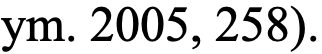
ym. 2005, 258).